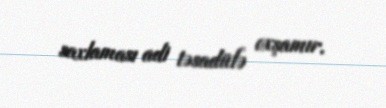
saxlaması adi təsadüfə oxşamır.